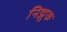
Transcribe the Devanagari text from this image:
निझुक